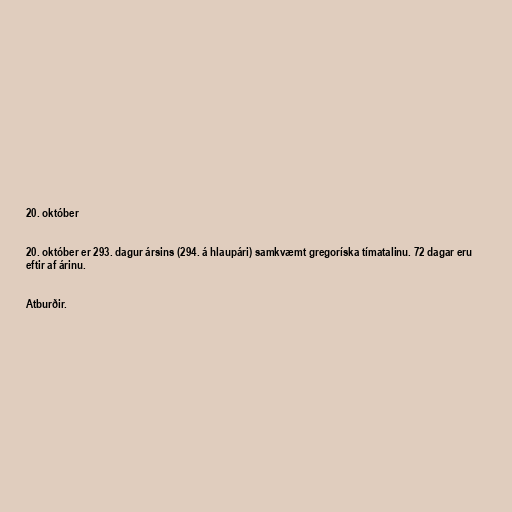
20. október

20. október er 293. dagur ársins (294. á hlaupári) samkvæmt gregoríska tímatalinu. 72 dagar eru
eftir af árinu.

Atburðir.